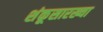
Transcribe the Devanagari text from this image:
शंकूसारख्या